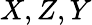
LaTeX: X,Z,Y